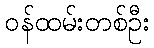
ဝန်ထမ်းတစ်ဦး